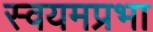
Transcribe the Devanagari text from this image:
स्वयमप्रभा